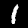
Digit: 1